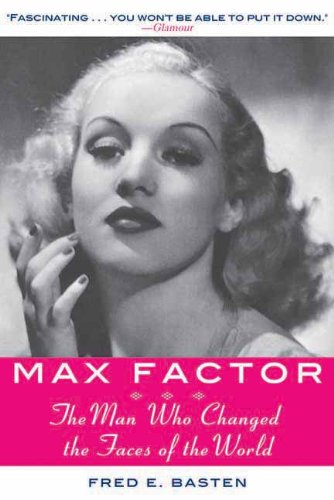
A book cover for Max Factor: The Man Who Changed the Faces of the World; Fred E. Basten; Health, Fitness & Dieting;